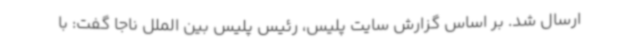
ارسال شد. بر اساس گزارش سایت پلیس، رئیس پلیس بین الملل ناجا گفت: با